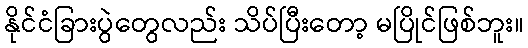
နိုင်ငံခြားပွဲတွေလည်း သိပ်ပြီးတော့ မပြိုင်ဖြစ်ဘူး။